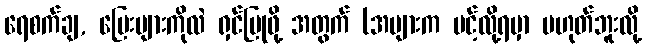
ရေစက်ချ, မြေးများကိုလဲ ရှင်ပြုဖို့ အတွက် (အများက ပင့်လို့ရမှာ မဟုတ်ဘူးလို့